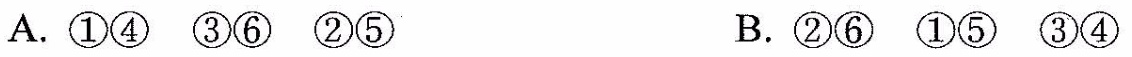
A.①④③⑥②⑤ B.②⑥①⑤③④